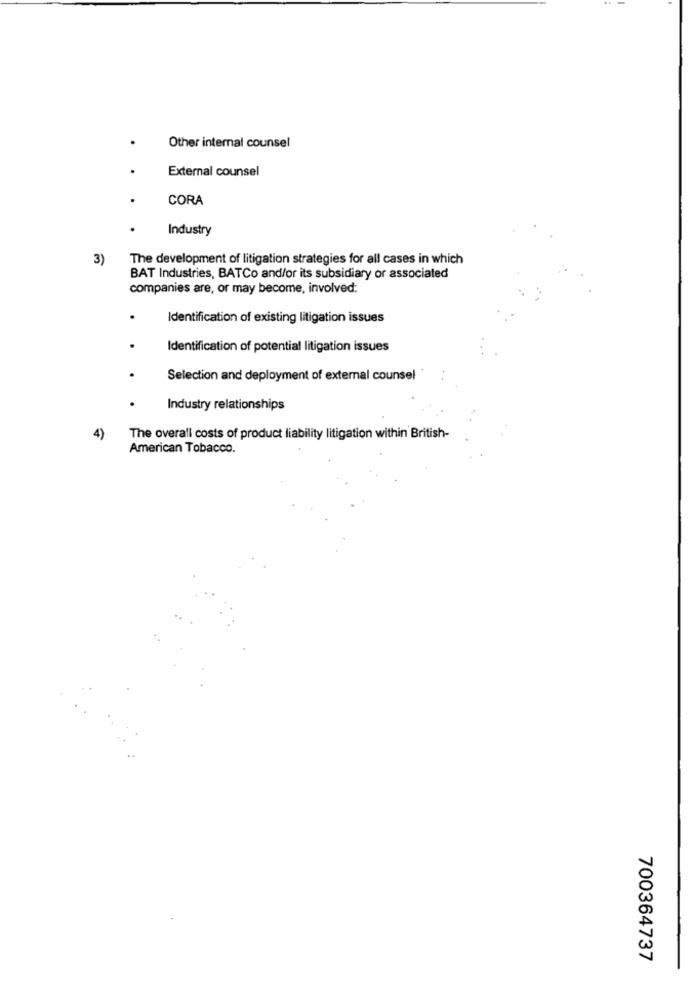
Other internal counsel
External counsel
CORA
Industry
3)
The development of litigation strategies for all cases in which
BAT Industries, BATCo and/or its subsidiary or associated
companies are, or may become, involved:
.
Identification of existing litigation issues
.
Identification of potential litigation issues
Selection and deployment of external counsel
Industry relationships
4)
The overall costs of product liability litigation within British-
American Tobacco.
700364737